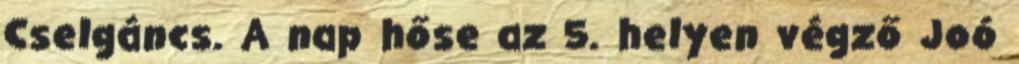
Cselgáncs. A nap hőse az 5. helyen végző Joó